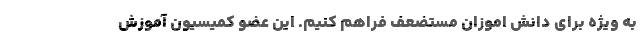
به ویژه برای دانش اموزان مستضعف فراهم کنیم. این عضو کمیسیون آموزش